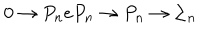
0 \rightarrow P _ { n } e P _ { n } \rightarrow P _ { n } \rightarrow \Sigma _ { n }